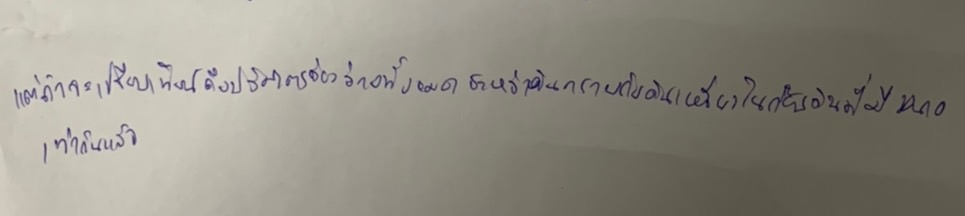
แต่ถ้าจะเปรียบเทียบถึงปริมาตรช่องว่างทั้งหมดระหว่างดินทรายกับดินเหนียวในก้อนดินที่มีขนาดเท่ากันแล้ว